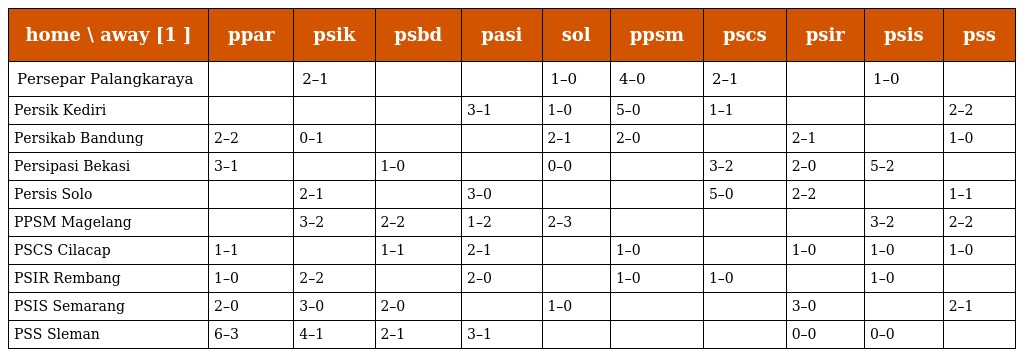
| home \ away [1 ] | ppar | psik | psbd | pasi | sol | ppsm | pscs | psir | psis | pss |
 | --- | --- | --- | --- | --- | --- | --- | --- | --- | --- | --- |
 | Persepar Palangkaraya |  | 2–1 |  |  | 1–0 | 4–0 | 2–1 |  | 1–0 |  |
 | Persik Kediri |  |  |  | 3–1 | 1–0 | 5–0 | 1–1 |  |  | 2–2 |
 | Persikab Bandung | 2–2 | 0–1 |  |  | 2–1 | 2–0 |  | 2–1 |  | 1–0 |
 | Persipasi Bekasi | 3–1 |  | 1–0 |  | 0–0 |  | 3–2 | 2–0 | 5–2 |  |
 | Persis Solo |  | 2–1 |  | 3–0 |  |  | 5–0 | 2–2 |  | 1–1 |
 | PPSM Magelang |  | 3–2 | 2–2 | 1–2 | 2–3 |  |  |  | 3–2 | 2–2 |
 | PSCS Cilacap | 1–1 |  | 1–1 | 2–1 |  | 1–0 |  | 1–0 | 1–0 | 1–0 |
 | PSIR Rembang | 1–0 | 2–2 |  | 2–0 |  | 1–0 | 1–0 |  | 1–0 |  |
 | PSIS Semarang | 2–0 | 3–0 | 2–0 |  | 1–0 |  |  | 3–0 |  | 2–1 |
 | PSS Sleman | 6–3 | 4–1 | 2–1 | 3–1 |  |  |  | 0–0 | 0–0 |  |